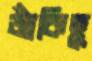
জাঁকিছু